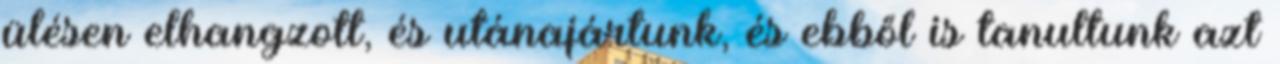
ülésen elhangzott, és utánajártunk, és ebből is tanultunk azt